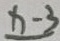
x - 3